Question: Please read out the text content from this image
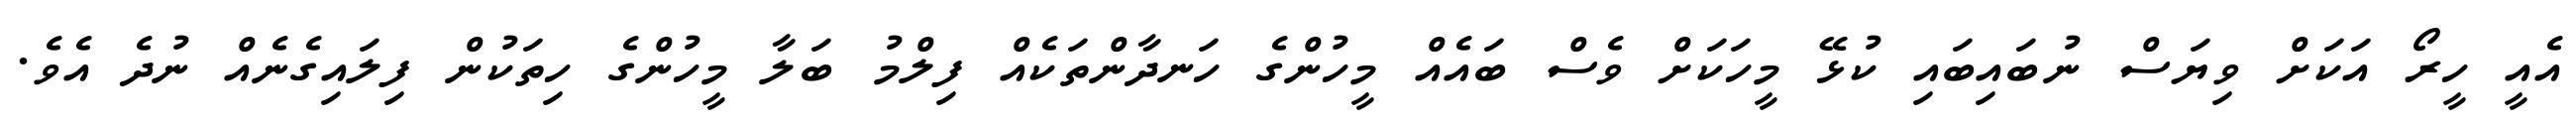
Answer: އެއީ ހީރޯ އަކަށް ވިޔަސް ނުބައިބައި ކުޅޭ މީހަކަށް ވެސް ބައެއް މީހުންގެ ހަނދާންތަކެއް ފިލްމު ބަލާ މީހުންގެ ހިތަކުން ފިލައިގެނެއް ނުދެ އެވެ.